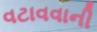
વટાવવાની